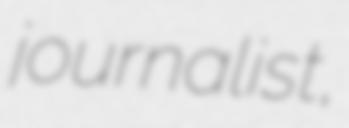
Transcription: journalist,